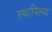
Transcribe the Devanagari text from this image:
स्थापिल्या